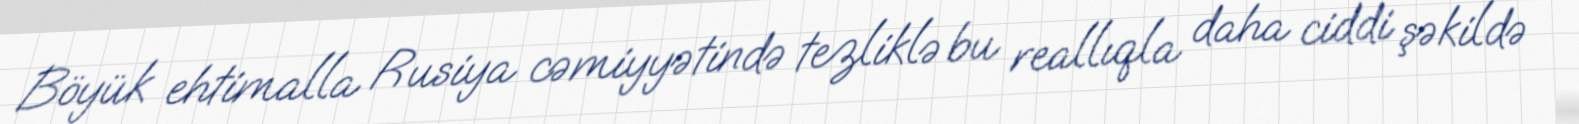
Böyük ehtimalla Rusiya cəmiyyətində tezliklə bu reallıqla daha ciddi şəkildə